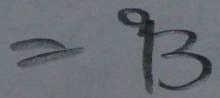
= 9 3